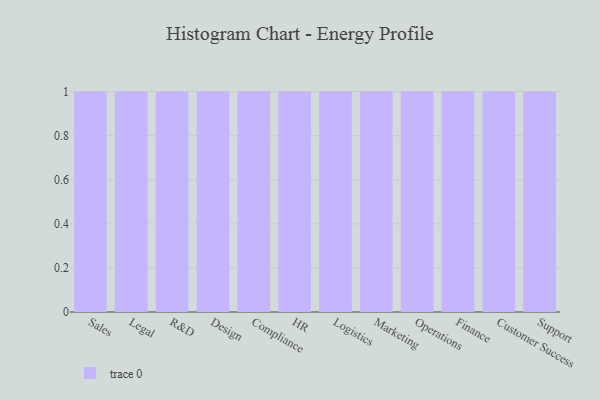
{"axis": {"x": "Department", "y": "Conversion Rate (%)"}, "legend": [""], "data": [{"x": "Sales", "y": 5, "type": ""}, {"x": "Legal", "y": 16, "type": ""}, {"x": "R&D", "y": 83, "type": ""}, {"x": "Design", "y": 8, "type": ""}, {"x": "Compliance", "y": 59, "type": ""}, {"x": "HR", "y": 78, "type": ""}, {"x": "Logistics", "y": 82, "type": ""}, {"x": "Marketing", "y": 7, "type": ""}, {"x": "Operations", "y": 91, "type": ""}, {"x": "Finance", "y": 39, "type": ""}, {"x": "Customer Success", "y": 47, "type": ""}, {"x": "Support", "y": 19, "type": ""}]}